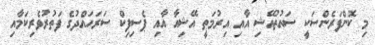
މި ކޮންފަރެންސަކީ ސައުތުއޭޝި އާއި އިރުމަތީ އޭޝިއާ އާއި ޕެސިފިކް ސަރަހައްދުގެ ފަތުރުވެރިކަމާއި